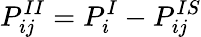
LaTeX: P_{ij}^{II}=P_{i}^{I}-P_{ij}^{IS}